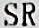
SR